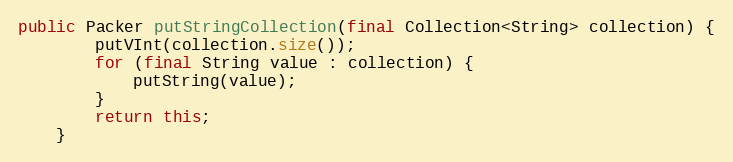
Language: Java
public Packer putStringCollection(final Collection<String> collection) {
		putVInt(collection.size());
		for (final String value : collection) {
			putString(value);
		}
		return this;
	}